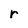
Character: r